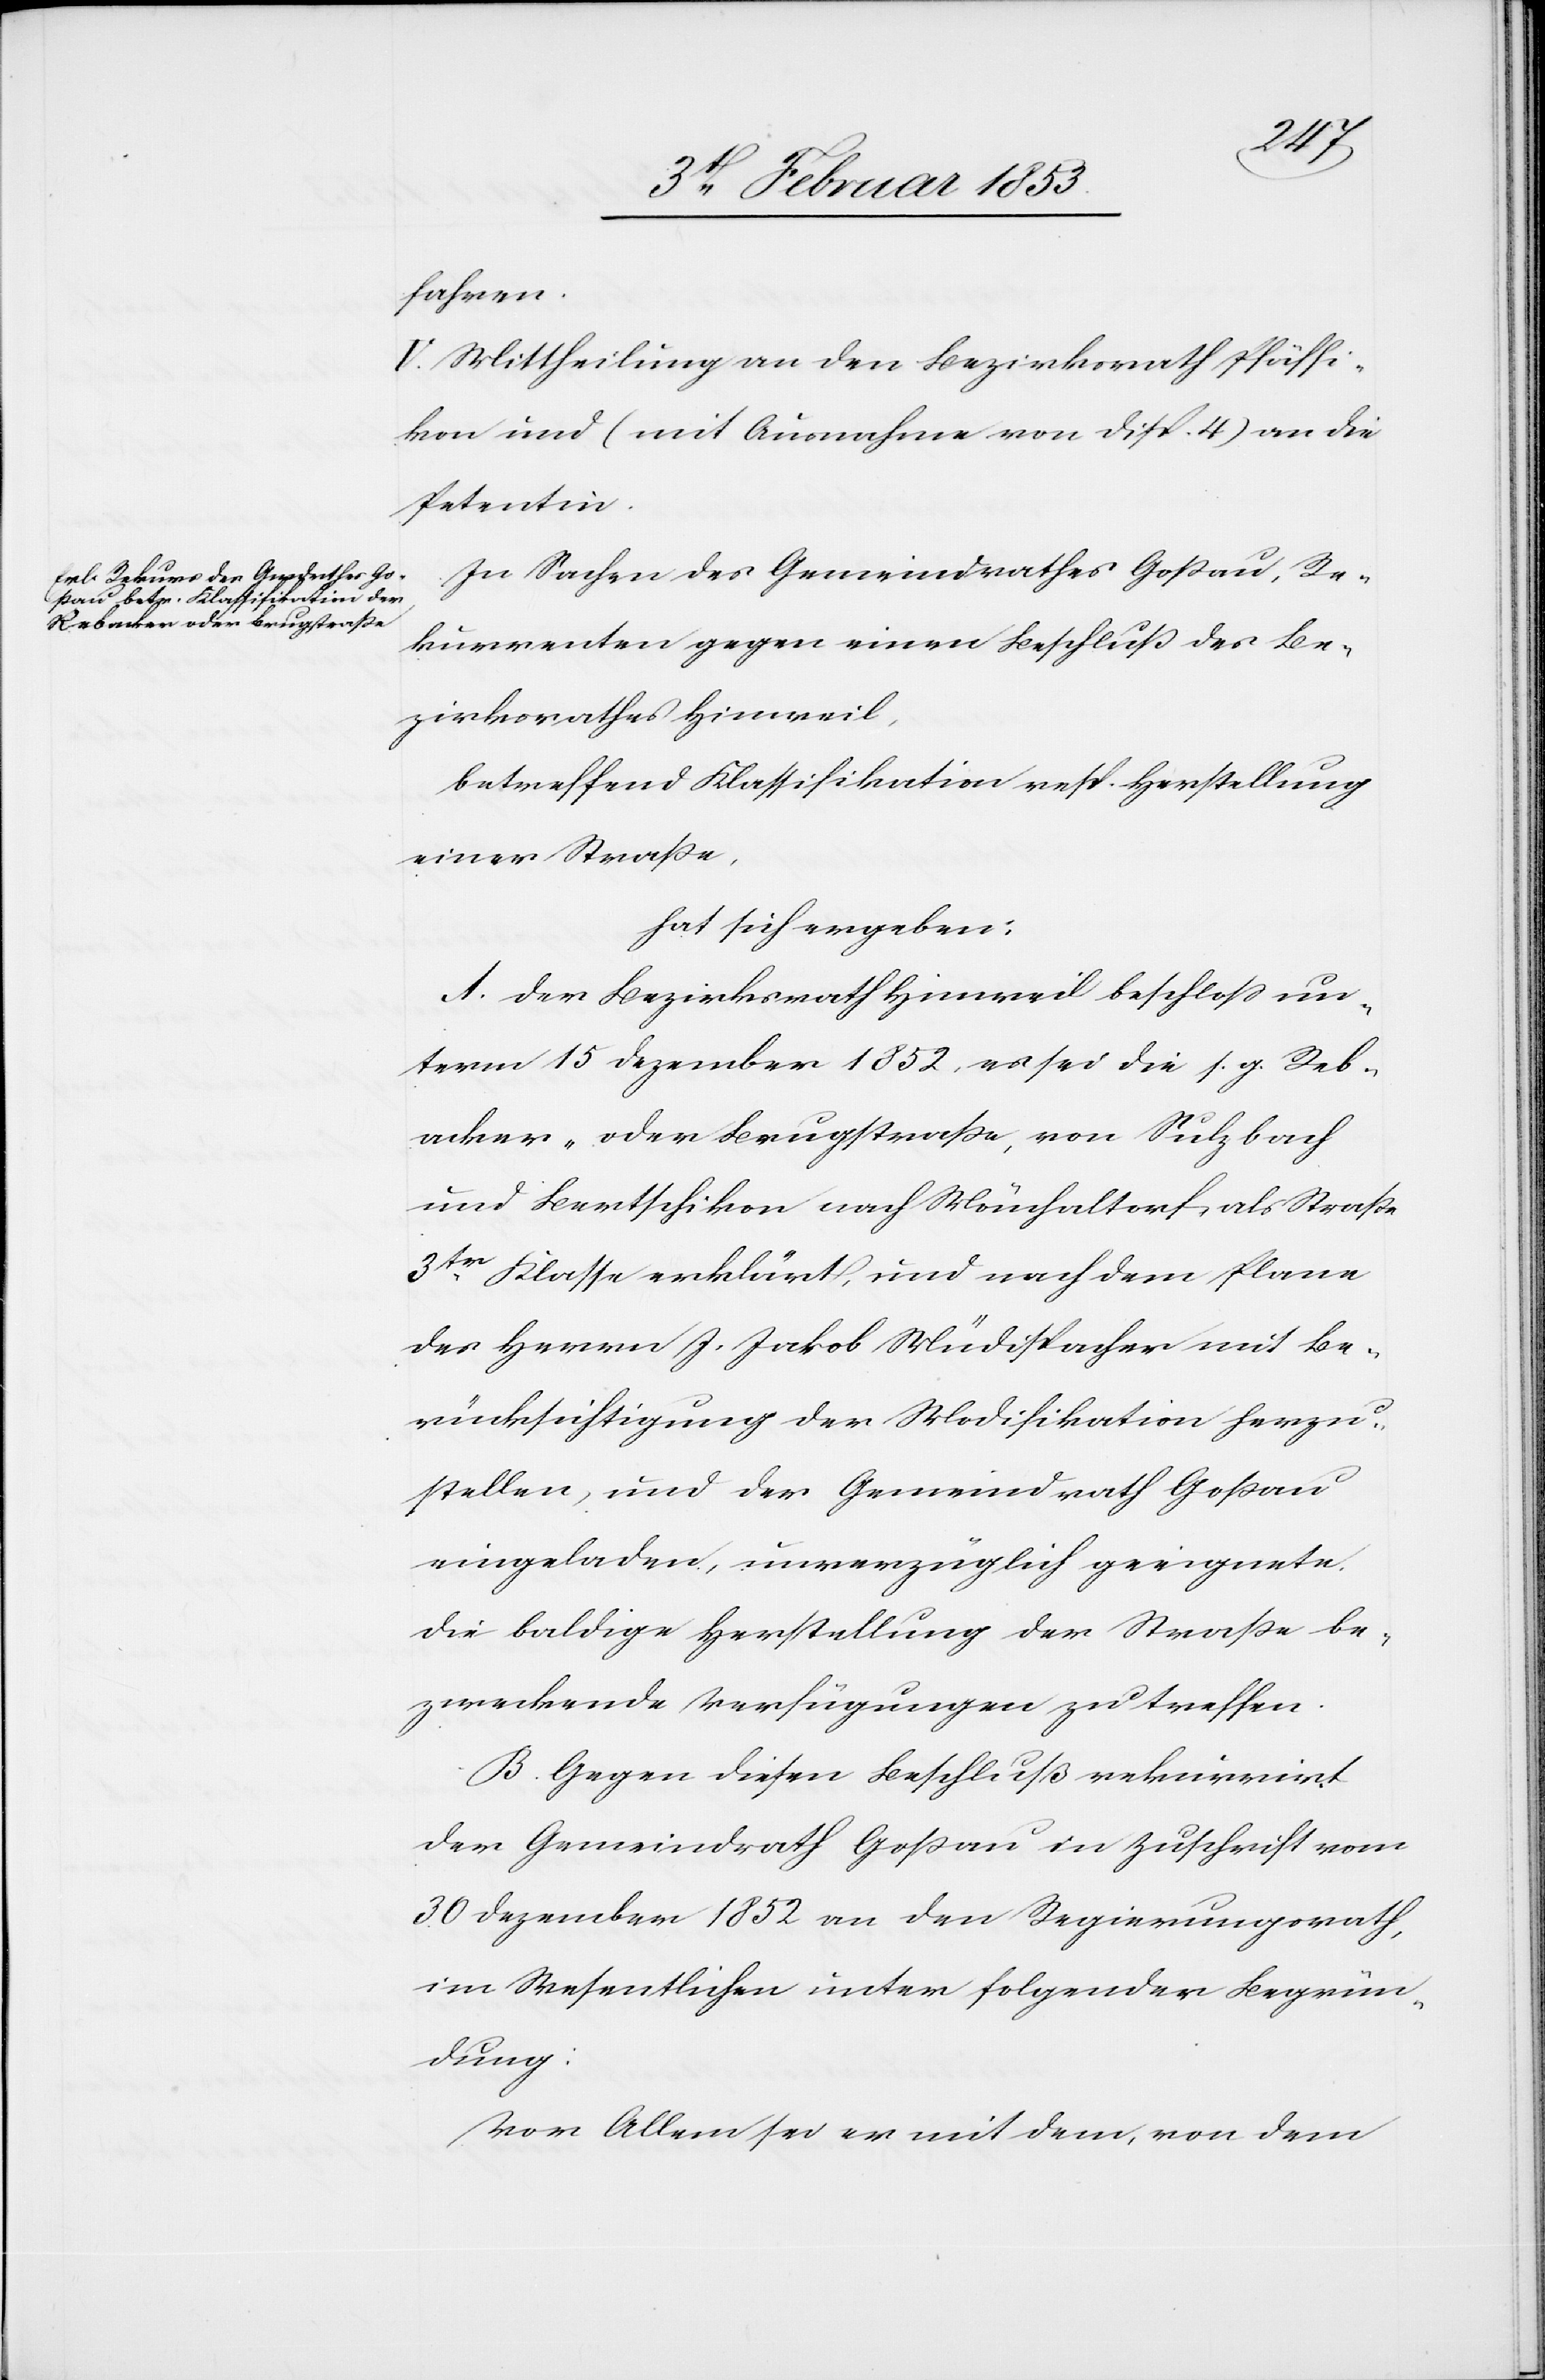
fahren.
V. Mittheilung an den Bezirksrath Pfäffi¬
kon und (mit Ausnahme vom Disp. 4) an die
Petentin.
In Sachen des Gemeindrathes Goßau, Re¬
kurrenten gegen einen Beschluß des Be¬
zirksrathes Hinweil,
betreffend Klassifikation resp. Herstellung
einer Straße,
hat sich ergeben:
A. Der Bezirksrath Hinweil beschloß un¬
term 15 Dezember 1852, es sei die s. g. Reb¬
acker- oder Brugstraße, von Sulzbach
und Bertschikon nach Mönchaltorf, als Straße
3tr. Klasse erklärt, und nach dem Plane
des Herrn J. Jakob Müdispacher mit Be¬
rücksichtigung der Modifikation herzu¬
stellen, und der Gemeindrath Goßau
eingeladen, unverzüglich geeignete
die baldige Herstellung der Straße be¬
zweckende Verfügungen zu treffen.
B. Gegen diesen Beschluß rekurrirt
der Gemeindrath Goßau in Zuschrift vom
30 Dezember 1852 an den Regierungsrath,
im Wesentlichen unter folgender Begrün¬
dung:
Vor Allem sei er mit dem, von dem